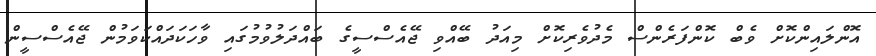
އޮންލައިންކޮށް ވެބް ކޮންފަރެންސް މެދުވެރިކޮށް މިއަދު ބޭއްވި ޖޭއެސްސީގެ ބައްދަލުވުމުގައި ވާހަކަދައްކަވަމުން ޖޭއެސްސީން